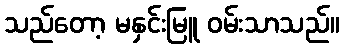
သည်တော့ မနှင်းမြူ ဝမ်းသာသည်။